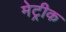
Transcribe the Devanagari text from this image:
मेट्रीक